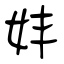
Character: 妦